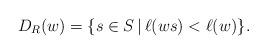
\begin{align*}D_{R}(w)=\{s\in S\,|\, \ell(w s)<\ell(w)\}.\end{align*}